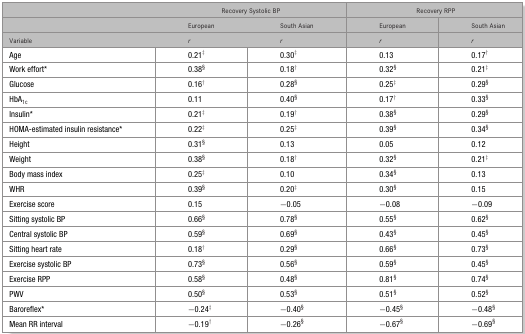
<table><thead><tr><td></td><td colspan="2"><b>Recovery Systolic BP</b></td><td colspan="2"><b>Recovery RPP</b></td></tr><tr><td></td><td><b>European</b></td><td><b>South Asian</b></td><td><b>European</b></td><td><b>South Asian</b></td></tr><tr><td><b>Variable</b></td><td><b><i>r</i></b></td><td><b><i>r</i></b></td><td><b><i>r</i></b></td><td><b><i>r</i></b></td></tr></thead><tbody><tr><td>Age</td><td>0.21‡</td><td>0.30‡</td><td>0.13</td><td>0.17†</td></tr><tr><td>Work effort*</td><td>0.38§</td><td>0.18†</td><td>0.32§</td><td>0.21‡</td></tr><tr><td>Glucose</td><td>0.16†</td><td>0.28§</td><td>0.25‡</td><td>0.29§</td></tr><tr><td>HbA<sub>1c</sub></td><td>0.11</td><td>0.40§</td><td>0.17†</td><td>0.33§</td></tr><tr><td>Insulin*</td><td>0.21‡</td><td>0.19†</td><td>0.38§</td><td>0.29§</td></tr><tr><td>HOMA-estimated insulin resistance*</td><td>0.22‡</td><td>0.25‡</td><td>0.39§</td><td>0.34§</td></tr><tr><td>Height</td><td>0.31§</td><td>0.13</td><td>0.05</td><td>0.12</td></tr><tr><td>Weight</td><td>0.38§</td><td>0.18†</td><td>0.32§</td><td>0.21‡</td></tr><tr><td>Body mass index</td><td>0.25‡</td><td>0.10</td><td>0.34§</td><td>0.13</td></tr><tr><td>WHR</td><td>0.39§</td><td>0.20‡</td><td>0.30§</td><td>0.15</td></tr><tr><td>Exercise score</td><td>0.15</td><td>−0.05</td><td>−0.08</td><td>−0.09</td></tr><tr><td>Sitting systolic BP</td><td>0.66§</td><td>0.78§</td><td>0.55§</td><td>0.62§</td></tr><tr><td>Central systolic BP</td><td>0.59§</td><td>0.69§</td><td>0.43§</td><td>0.45§</td></tr><tr><td>Sitting heart rate</td><td>0.18†</td><td>0.29§</td><td>0.66§</td><td>0.73§</td></tr><tr><td>Exercise systolic BP</td><td>0.73§</td><td>0.56§</td><td>0.59§</td><td>0.45§</td></tr><tr><td>Exercise RPP</td><td>0.58§</td><td>0.48§</td><td>0.81§</td><td>0.74§</td></tr><tr><td>PWV</td><td>0.50§</td><td>0.53§</td><td>0.51§</td><td>0.52§</td></tr><tr><td>Baroreflex*</td><td>−0.24‡</td><td>−0.40§</td><td>−0.45§</td><td>−0.48§</td></tr><tr><td>Mean RR interval</td><td>−0.19†</td><td>−0.26§</td><td>−0.67§</td><td>−0.69§</td></tr></tbody></table>